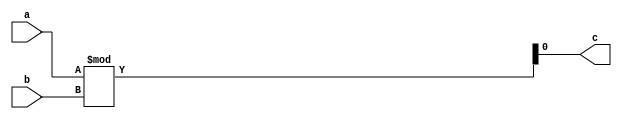
module modulo ( a, b, c);
  input [3:0] a;
  input [3:0] b;
  output reg c;
  always @(a or b) begin
    c = a % b;
  end
endmodule